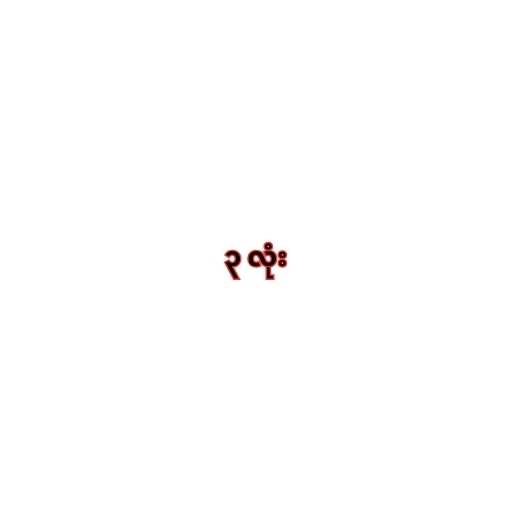
၃ လုံး